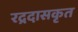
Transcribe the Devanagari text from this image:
रद्रदासकृत